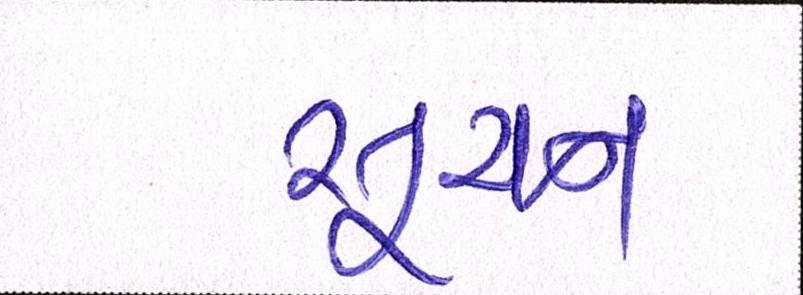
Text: સૂચન